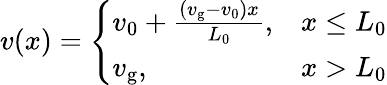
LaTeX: v(x)=\left\{ \begin{array}{ll}{v_{0}+\frac{(v_{\mathrm{g}}-v_{0})x}{L_{0}},}&{x\le L_{0}}\\ {v_{\mathrm{g}},}&{x>L_{0}}\end{array}\right.